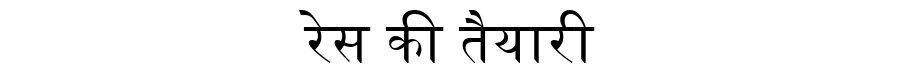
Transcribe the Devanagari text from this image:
रेस की तैयारी